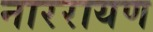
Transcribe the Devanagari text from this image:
नाररायण